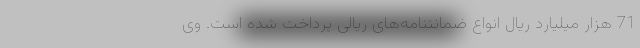
71 هزار میلیارد ریال انواع ضمانتنامه‌های ریالی پرداخت شده است. وی